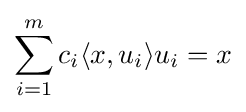
\sum _{i=1}^{m}c_{i}\langle x,u_{i}\rangle u_{i}=x